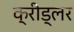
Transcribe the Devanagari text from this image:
क्रीड्लर